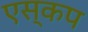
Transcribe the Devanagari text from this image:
एस्कप